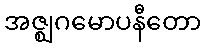
အဇ္ဈဂမောပနီတော